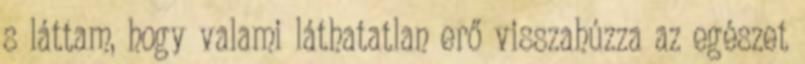
s láttam, hogy valami láthatatlan erő visszahúzza az egészet